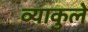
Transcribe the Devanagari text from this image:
व्याकुले